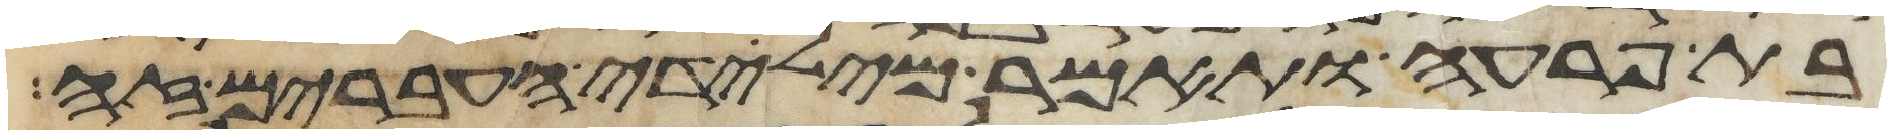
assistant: בת פרעה ותאמר מילדי העברים זה